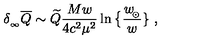
\delta _ { _ \infty } \overline { Q } \sim \widetilde Q { \frac { M w } { 4 c ^ { 2 } \mu ^ { 2 } } } \ln \big \{ { \frac { w _ { \! _ { \odot } } } { w } } \} \ ,